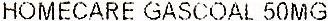
HOMECARE GASCOAL 50MG